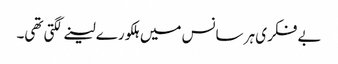
بے فکری ہر سانس میں ہلکورے لینے لگتی تھی۔